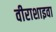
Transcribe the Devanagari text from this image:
वीराशाइवा